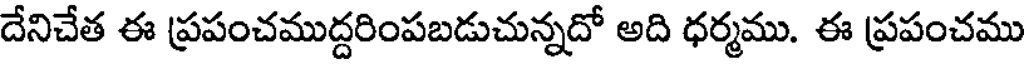
దేనిచేత ఈ ప్రపంచముద్దరింపబడుచున్నదో అది ధర్మము. ఈ ప్రపంచము